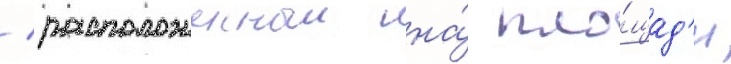
/ расположенныи на́ пло́щад'и